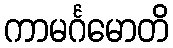
ကာမင်္ဂမောတိ